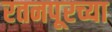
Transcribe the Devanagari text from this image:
रतनपूरच्या